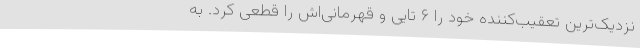
نزدیک‌ترین تعقیب‌کننده خود را ۶ تایی و قهرمانی‌اش را قطعی کرد. به